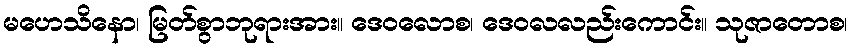
မဟေသိနော၊ မြတ်စွာဘုရားအား။ ဒေဝလောစ၊ ဒေဝလလည်းကောင်း။ သုဇာတောစ၊